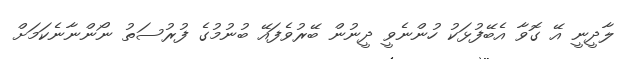
ލާދީނީ އޭ ގޮވާ އެބޭފުޅަކު ހުންނެވީ ދީނުން ބޭރުވެފައޭ ބުނުމުގެ ފުރުސަތު ނޯންނާނެކަމަށް